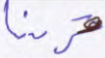
قرينا